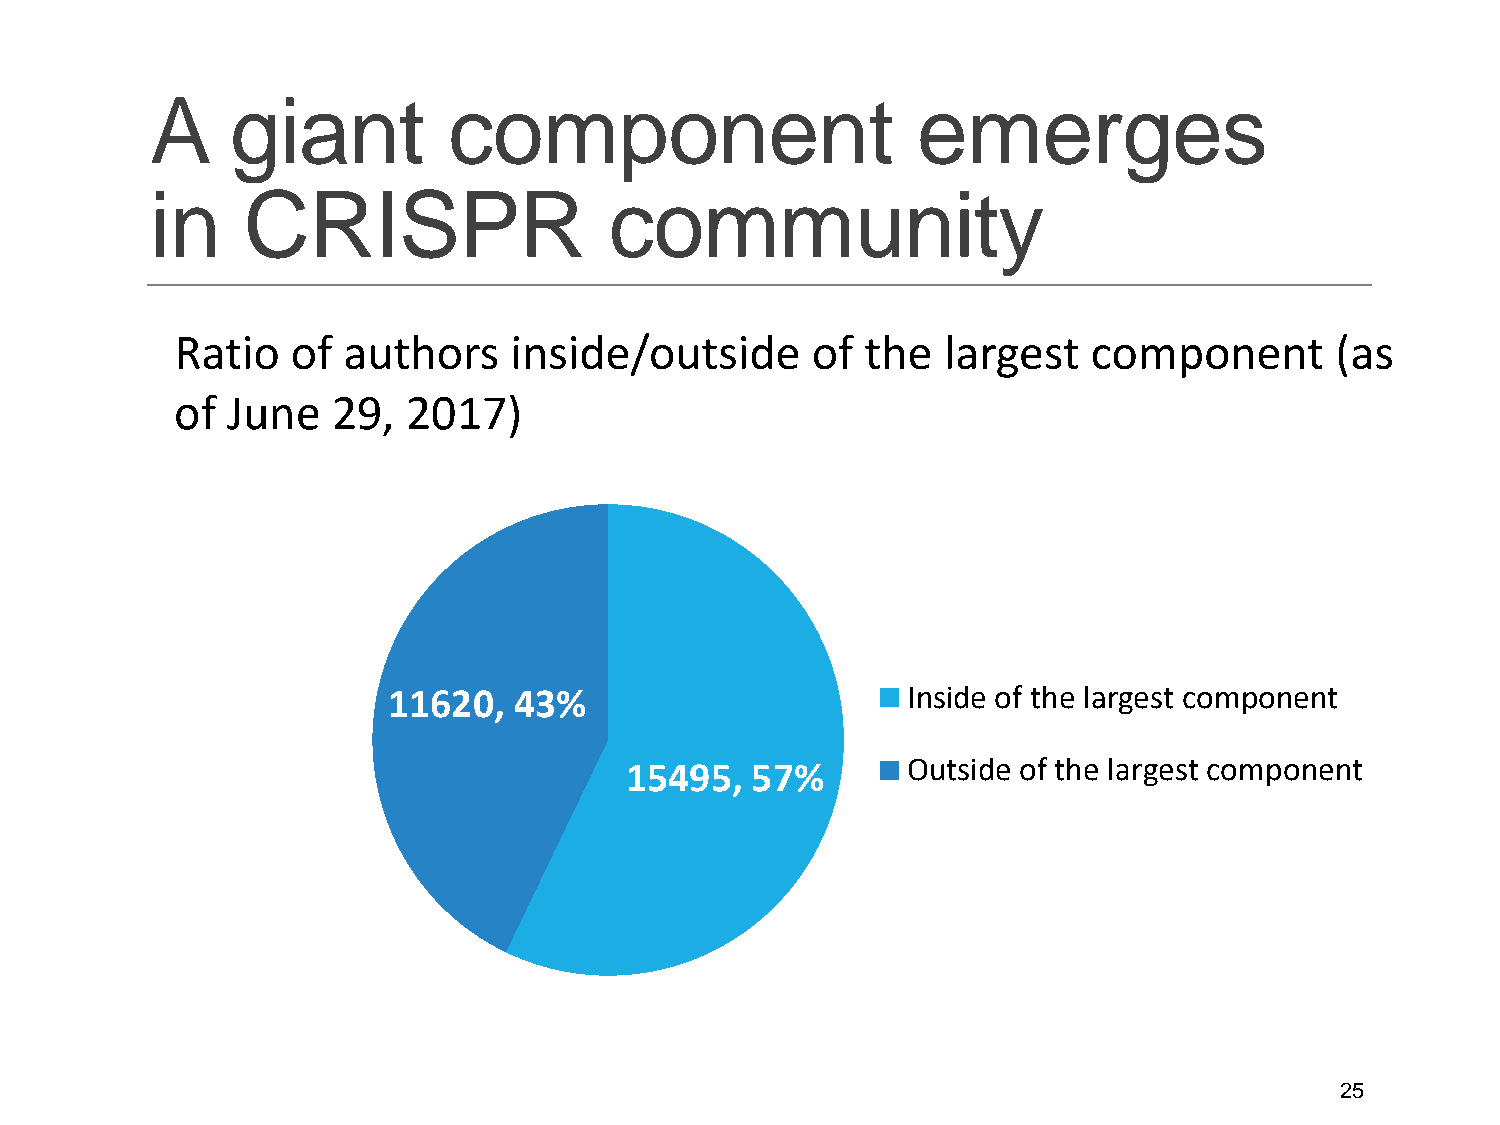
A    giant          component                      emerges
 in    CRISPR                  community
 Ratio  of  authors    inside/outside      of the  largest   component       (as
 of June   29,  2017)
 11620,  43%                       Inside of the largest component
 15495,   57%       Outside of the largest component
 25